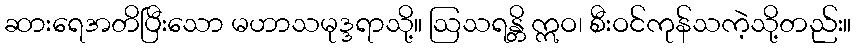
ဆားရေအတိပြီးသော မဟာသမုဒ္ဒရာသို့။ ဩသရန္တိ ဣဝ၊ စီးဝင်ကုန်သကဲ့သို့တည်း။